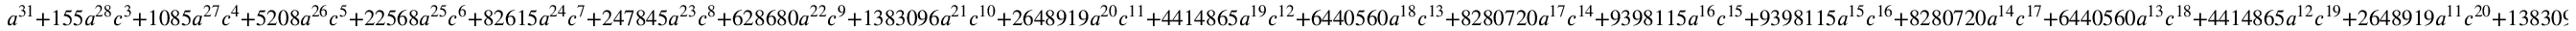
a ^ { 3 1 } + 1 5 5 a ^ { 2 8 } c ^ { 3 } + 1 0 8 5 a ^ { 2 7 } c ^ { 4 } + 5 2 0 8 a ^ { 2 6 } c ^ { 5 } + 2 2 5 6 8 a ^ { 2 5 } c ^ { 6 } + 8 2 6 1 5 a ^ { 2 4 } c ^ { 7 } + 2 4 7 8 4 5 a ^ { 2 3 } c ^ { 8 } + 6 2 8 6 8 0 a ^ { 2 2 } c ^ { 9 } + 1 3 8 3 0 9 6 a ^ { 2 1 } c ^ { 1 0 } + 2 6 4 8 9 1 9 a ^ { 2 0 } c ^ { 1 1 } + 4 4 1 4 8 6 5 a ^ { 1 9 } c ^ { 1 2 } + 6 4 4 0 5 6 0 a ^ { 1 8 } c ^ { 1 3 } + 8 2 8 0 7 2 0 a ^ { 1 7 } c ^ { 1 4 } + 9 3 9 8 1 1 5 a ^ { 1 6 } c ^ { 1 5 } + 9 3 9 8 1 1 5 a ^ { 1 5 } c ^ { 1 6 } + 8 2 8 0 7 2 0 a ^ { 1 4 } c ^ { 1 7 } + 6 4 4 0 5 6 0 a ^ { 1 3 } c ^ { 1 8 } + 4 4 1 4 8 6 5 a ^ { 1 2 } c ^ { 1 9 } + 2 6 4 8 9 1 9 a ^ { 1 1 } c ^ { 2 0 } + 1 3 8 3 0 9 6 a ^ { 1 0 } c ^ { 2 1 } + 6 2 8 6 8 0 a ^ { 9 } c ^ { 2 2 } + 2 4 7 8 4 5 a ^ { 8 } c ^ { 2 3 } + 8 2 6 1 5 a ^ { 7 } c ^ { 2 4 } + 2 2 5 6 8 a ^ { 6 } c ^ { 2 5 } + 5 2 0 8 a ^ { 5 } c ^ { 2 6 } + 1 0 8 5 a ^ { 4 } c ^ { 2 7 } + 1 5 5 a ^ { 3 } c ^ { 2 8 } + b ^ { 1 6 } ( 6 3 4 8 8 a ^ { 1 5 } + 9 5 2 3 2 0 a ^ { 1 4 } c + 6 6 6 6 2 4 0 a ^ { 1 3 } c ^ { 2 } + 2 8 8 8 7 0 4 0 a ^ { 1 2 } c ^ { 3 } + 8 6 6 6 1 1 2 0 a ^ { 1 1 } c ^ { 4 } + 1 9 0 6 5 4 4 6 4 a ^ { 1 0 } c ^ { 5 } + 3 1 7 7 5 7 4 4 0 a ^ { 9 } c ^ { 6 } + 4 0 8 5 4 5 2 8 0 a ^ { 8 } c ^ { 7 } + 4 0 8 5 4 5 2 8 0 a ^ { 7 } c ^ { 8 } + 3 1 7 7 5 7 4 4 0 a ^ { 6 } c ^ { 9 } + 1 9 0 6 5 4 4 6 4 a ^ { 5 } c ^ { 1 0 } + 8 6 6 6 1 1 2 0 a ^ { 4 } c ^ { 1 1 } + 2 8 8 8 7 0 4 0 a ^ { 3 } c ^ { 1 2 } + 6 6 6 6 2 4 0 a ^ { 2 } c ^ { 1 3 } + 9 5 2 3 2 0 a c ^ { 1 4 } + 6 3 4 8 8 c ^ { 1 5 } ) + c ^ { 3 1 }